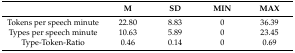
<table><thead><tr><td></td><td><b>M</b></td><td><b>SD</b></td><td><b>MIN</b></td><td><b>MAX</b></td></tr></thead><tbody><tr><td>Tokens per speech minute</td><td>22.80</td><td>8.83</td><td>0</td><td>36.39</td></tr><tr><td>Types per speech minute</td><td>10.63</td><td>5.89</td><td>0</td><td>23.45</td></tr><tr><td>Type-Token-Ratio</td><td>0.46</td><td>0.14</td><td>0</td><td>0.69</td></tr></tbody></table>